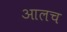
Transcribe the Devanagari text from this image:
आलच